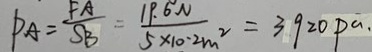
P _ { A } = \frac { F A } { S B } = \frac { 1 9 . 6 N } { 5 \times 1 0 ^ { 2 } m ^ { 2 } } = 3 9 2 0 P a